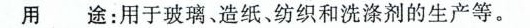
用 途：用于玻璃、造纸、纺织和洗涤剂的生产等。